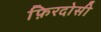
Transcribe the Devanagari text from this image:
फ़िरदोसी